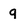
Character: g